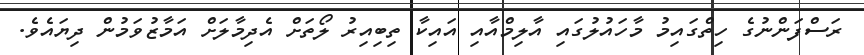
ރަސްފަންނުގެ ހިތްގައިމު މާހައުލުގައި އާލިމްއާއި އައިކާ ތިބިއިރު ލޯތަށް އެދިމާލަށް އަމާޒުވަމުން ދިޔައެވެ.